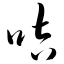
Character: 咭